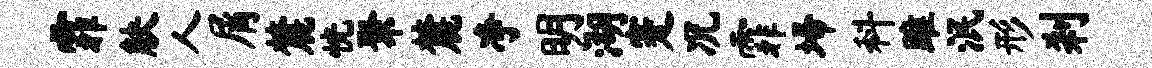
霏觖人屑麓恍聚麓净明湖蹇况霏埽科雎泯形刹